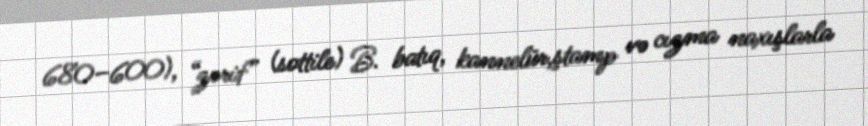
680–600), “zərif” (sottile) B. batıq, kannelür,ştamp və cızma naxışlarla